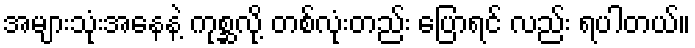
အများသုံးအနေနဲ့ ကုစ္ဆလို့ တစ်လုံးတည်း ပြောရင် လည်း ရပါတယ်။